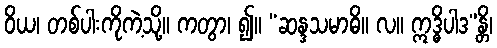
ဝိယ၊ တစ်ပါးကိုကဲ့သို့။ ကတွာ၊ ၍။ “ဆန္ဒသမာဓိ။ လ။ ဣဒ္ဓိပါဒ”န္တိ၊